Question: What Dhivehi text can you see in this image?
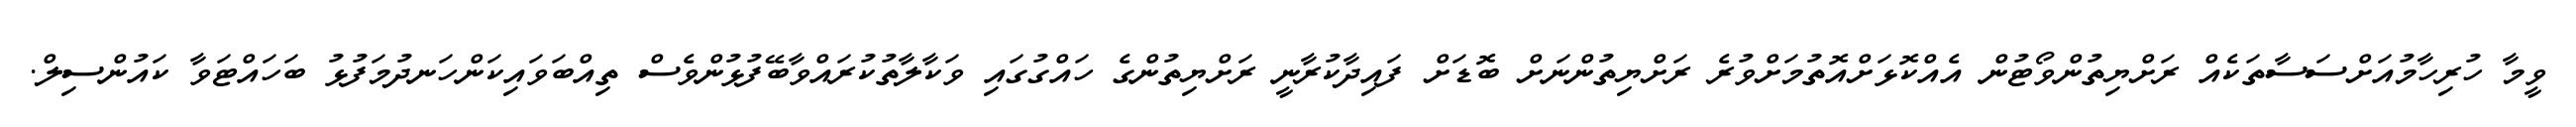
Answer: ވީމާ ހުރިހާމުއަށްސަސާތަކެއް ރަށްޔިތުންވޯޓުން އެއްކޮޅަށްއޮތުމަށްވުރެ ރަށްޔިތުންނަށް ބޮޑަށް ފައިދާކުރާނީ ރަށްޔިތުންގެ ހައްގުގައި ވަކާލާތުކުރައްވާބޭފުޅުންވެސް ތިއްބަވައިކަންހަނދުމަފުޅު ބަހައްޓަވާ ކައުންސިލް.